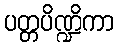
ပတ္တပိဏ္ဍိကာ